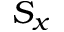
S _ { x }